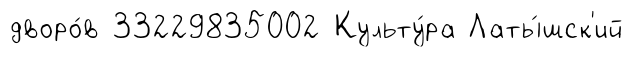
дворо́в 33229835002 Культу́ра Латы́шск'ий